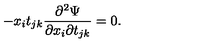
- x _ { i } t _ { j k } \frac { \partial ^ { 2 } \Psi } { \partial x _ { i } \partial t _ { j k } } = 0 .